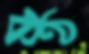
কণ্ঠ